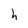
Character: h